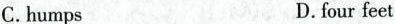
C.humps D.four feet